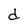
Character: d